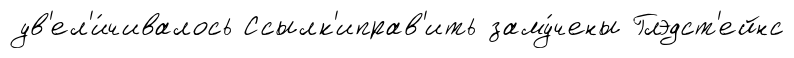
ув'ел'и́чивалось Ссылк'иправ'ить заму́чены Глэдст'ейнс